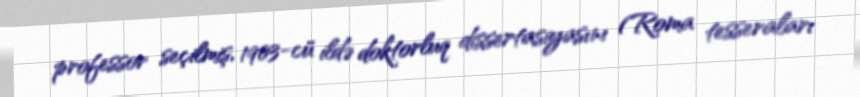
professor seçilmiş, 1903-cü ildə doktorluq dissertasiyasını (Roma tesseraları